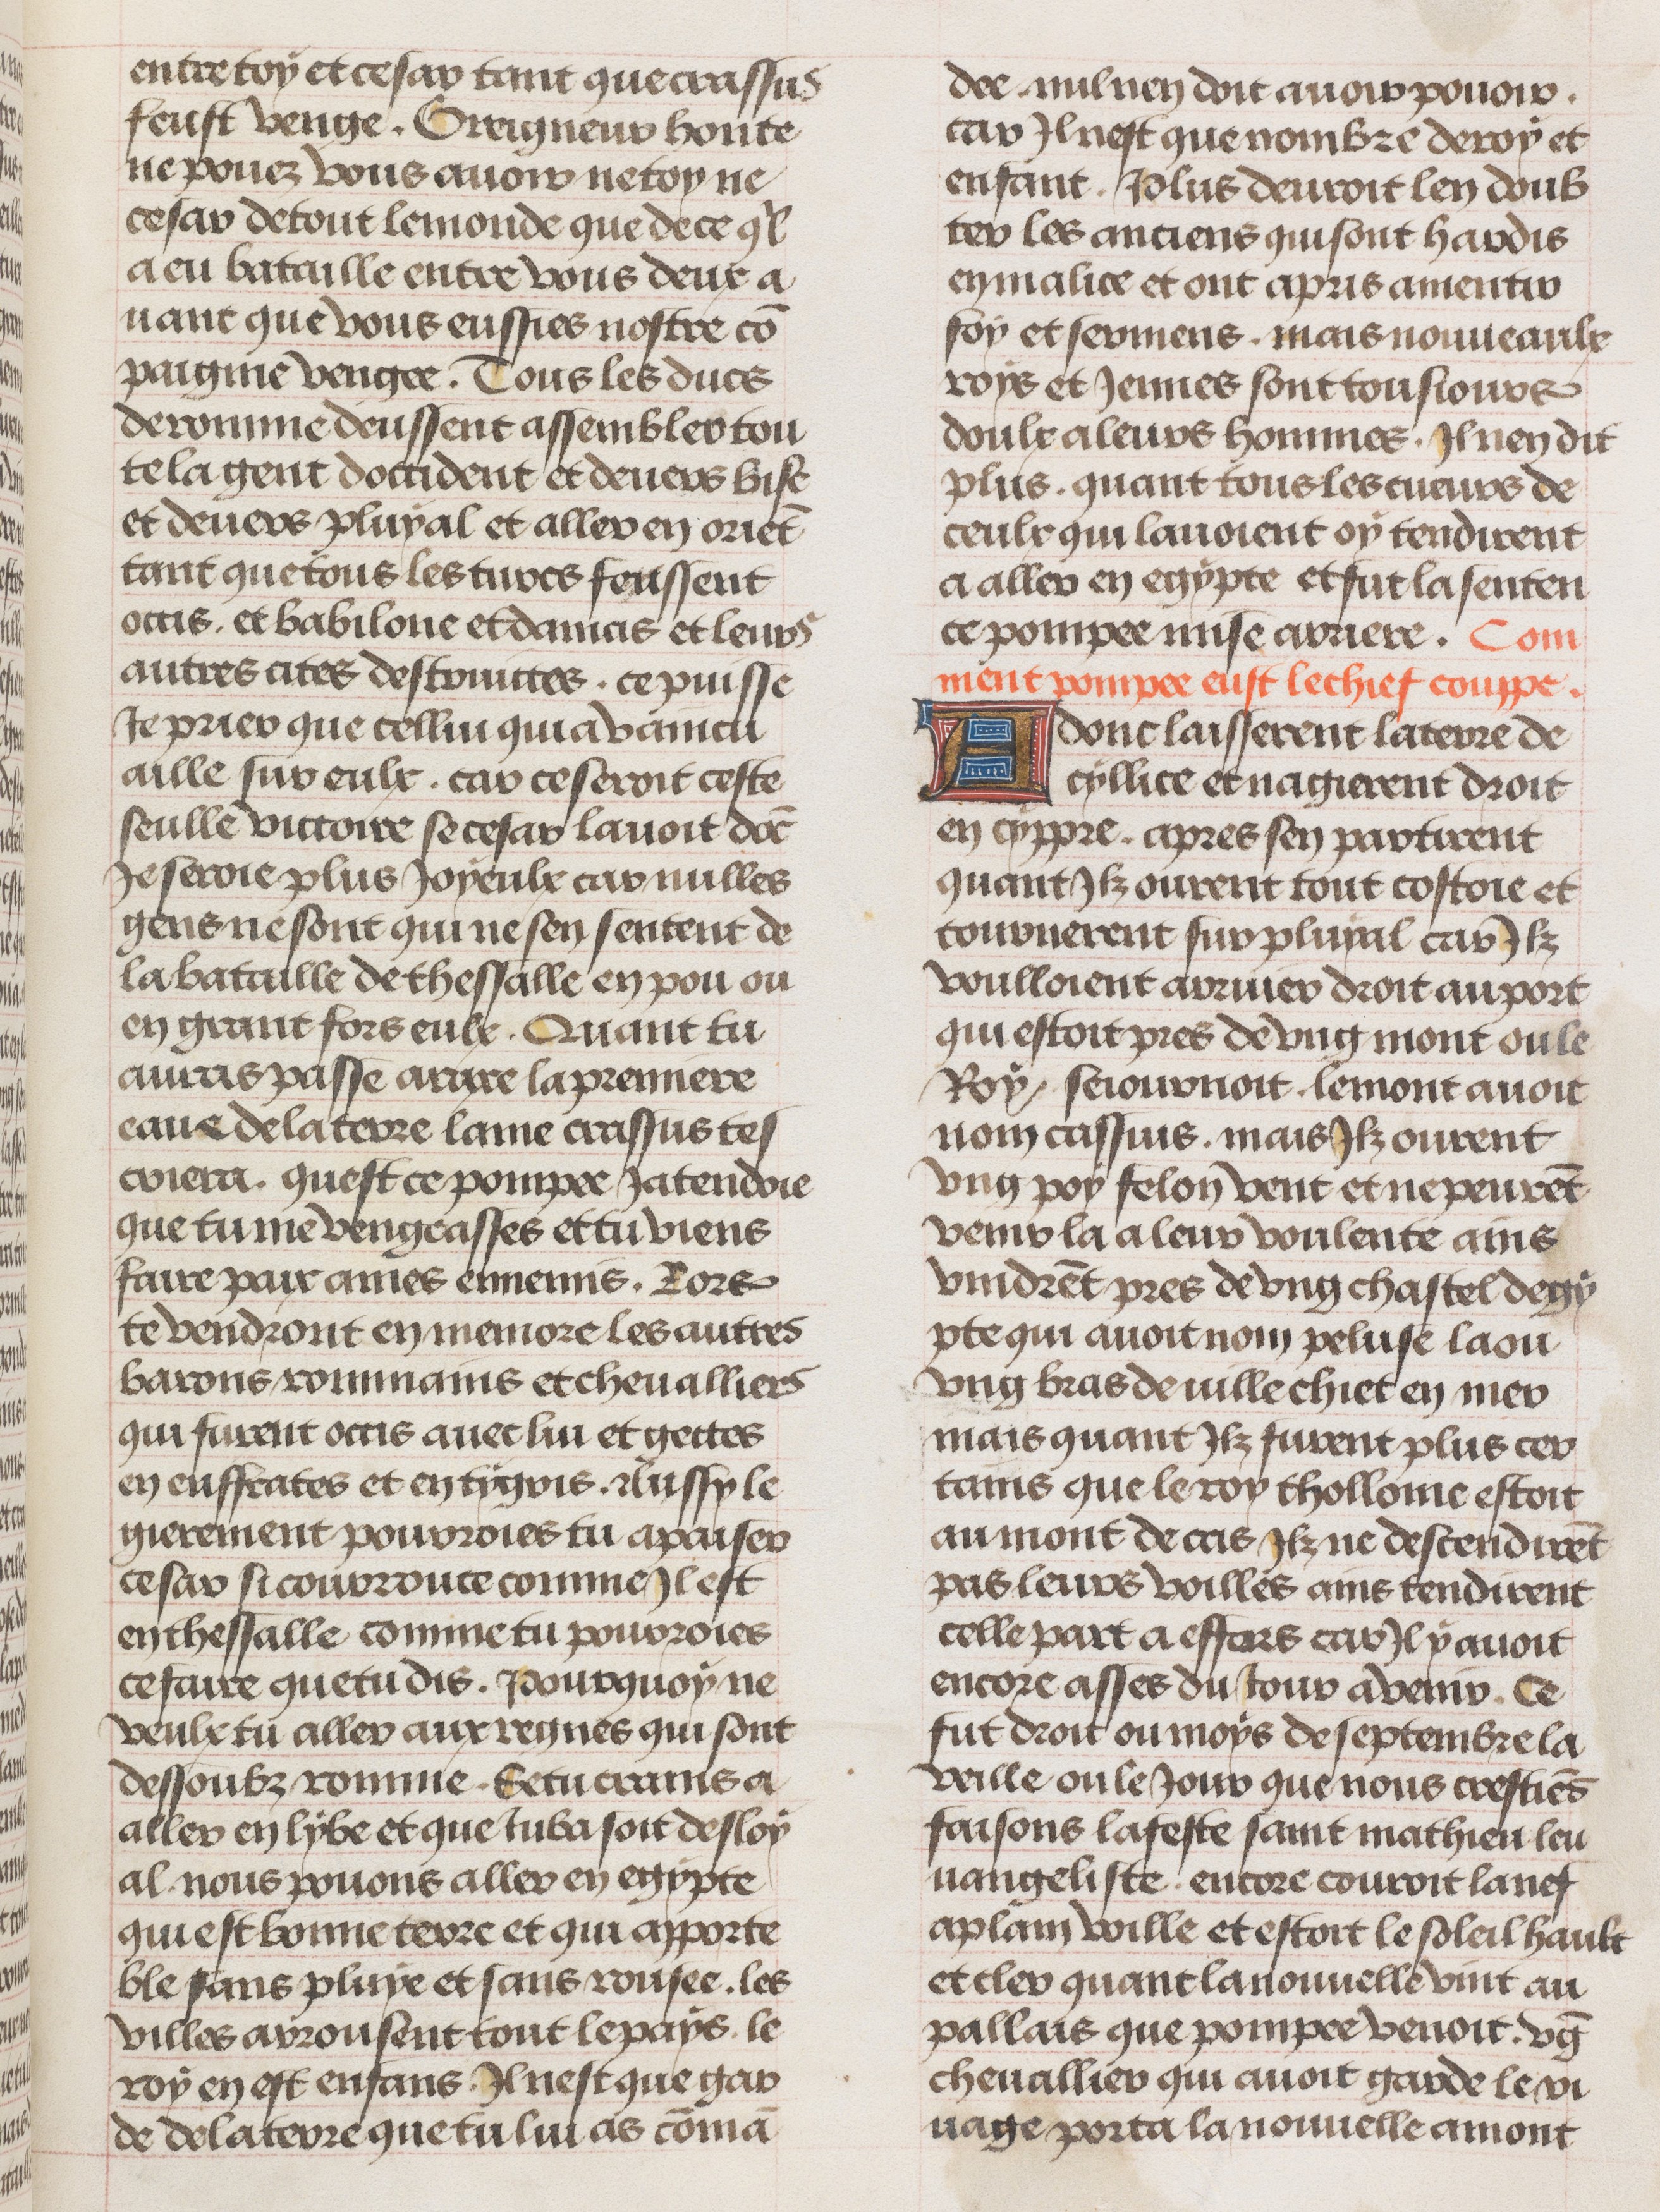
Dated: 1450–1474